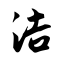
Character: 洁